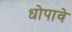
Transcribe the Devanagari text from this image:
धोपावे